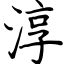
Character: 淳